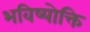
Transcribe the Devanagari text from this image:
भविष्योक्ति